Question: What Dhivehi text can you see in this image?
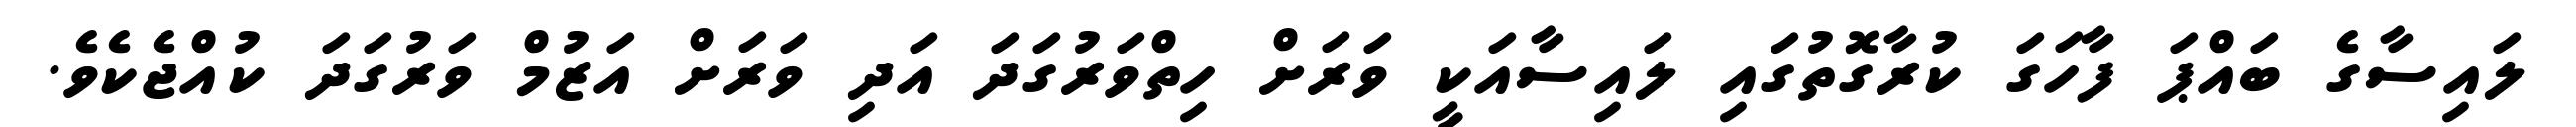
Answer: ލައިސާގެ ބައްޕަ ފާހަގަ ކުރާގޮތުގައި ލައިސާއަކީ ވަރަށް ހިތްވަރުގަދަ އަދި ވަރަށް އަޒުމް ވަރުގަދަ ކުއްޖެކެވެ.